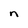
Character: n